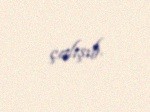
çalışıb.